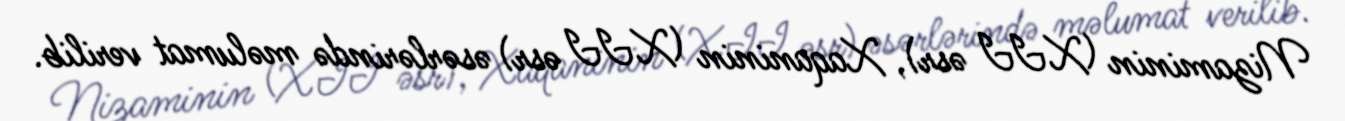
Nizaminin (XII əsr), Xaqaninin (XII əsr) əsərlərində məlumat verilib.